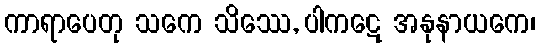
ကာရာပေတု သကေ သိဿေ, ပါကဋေ အနုနာယကေ၊